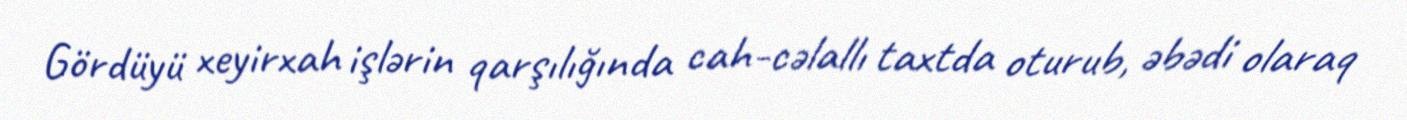
Gördüyü xeyirxah işlərin qarşılığında cah-cəlallı taxtda oturub, əbədi olaraq